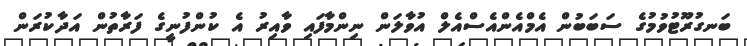
ބަނގުރޫޓުވުމުގެ ސަބަބުން އެމްއެންއެސްއެލް އުވާލަން ނިންމާފައި ވާއިރު އެ ކުންފުނީގެ ފަރާތުން އަދާކުރަން